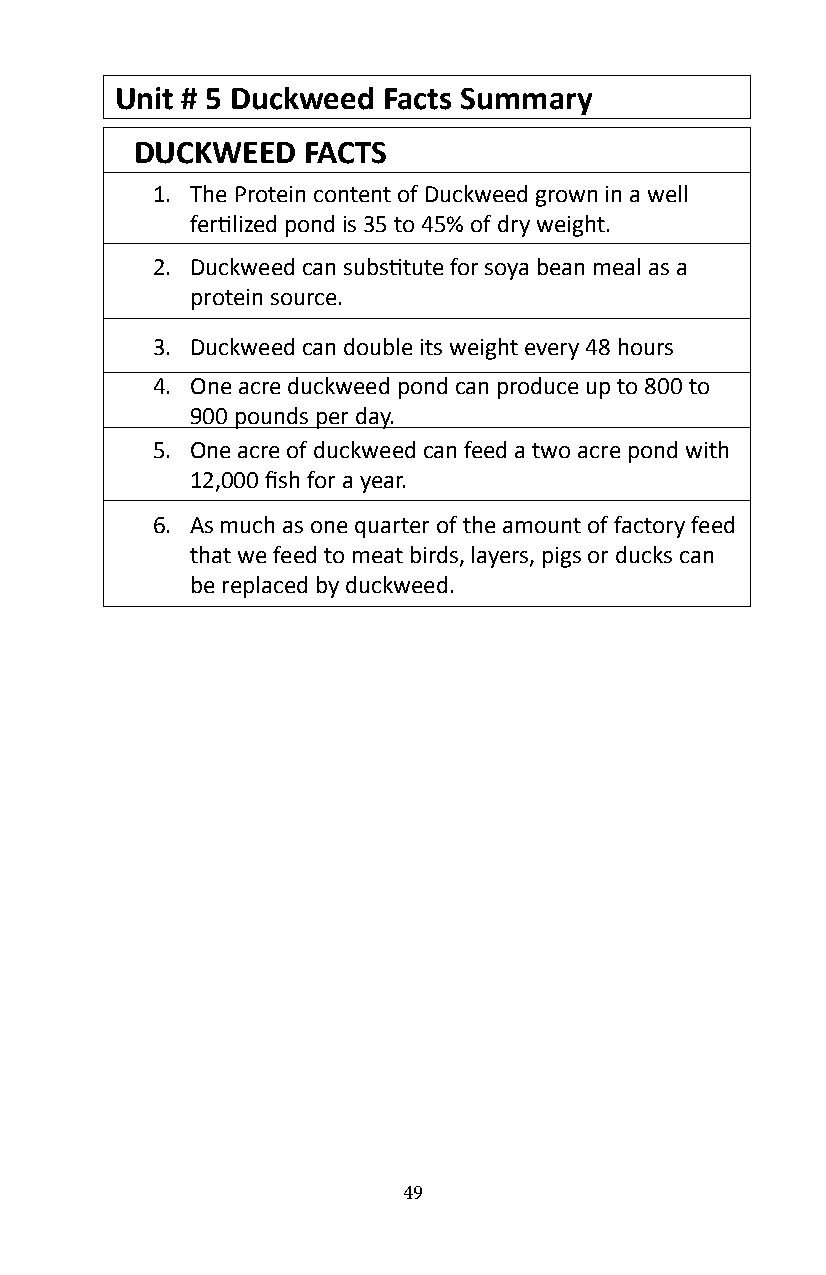
Unit # 5 Duckweed Facts Summary
 DUCKWEED   FACTS
 1� The Protein content of Duckweed grown in a well
 fertilized pond is 35 to 45% of dry weight.
 2� Duckweed can substitute for soya bean meal as a
 protein source�
 3� Duckweed can double its weight every 48 hours
 4� One acre duckweed pond can produce up to 800 to
 900 pounds per day�
 5� One acre of duckweed can feed a two acre pond with
 12,000 fish for a year.
 6� As much as one quarter of the amount of factory feed
 that we feed to meat birds, layers, pigs or ducks can
 be replaced by duckweed�
 49